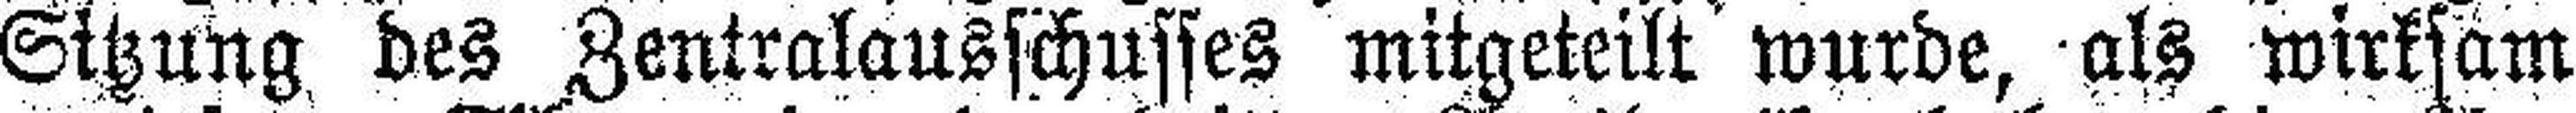
Sitzung des Zentralausschusses mitgeteilt wurde, als wirksam